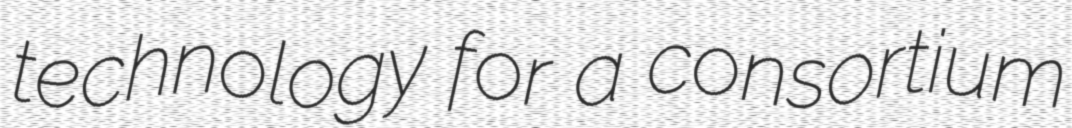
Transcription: technology for a consortium